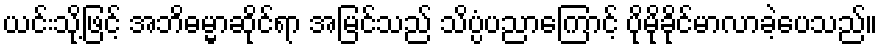
ယင်းသို့ဖြင့် အဘိဓမ္မာဆိုင်ရာ အမြင်သည် သိပ္ပံပညာကြောင့် ပိုမိုခိုင်မာလာခဲ့ပေသည်။